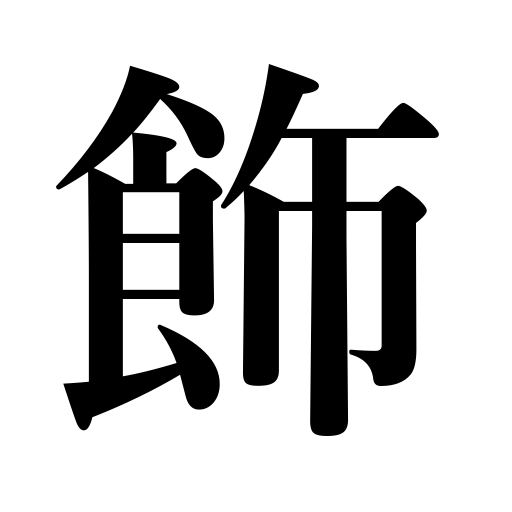
Meanings: embellish,adorn,decorate,ornament,exhibit,whitewash,be ostentatious